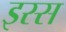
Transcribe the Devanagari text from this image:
इस्स